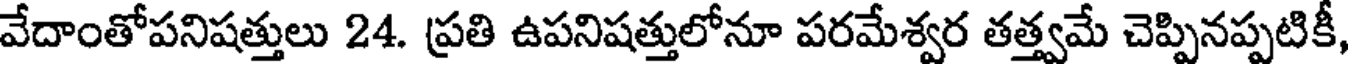
వేదాంతోపనిషత్తులు 24. ప్రతి ఉపనిషత్తులోనూ పరమేశ్వర తత్త్వమే చెప్పినప్పటికీ,